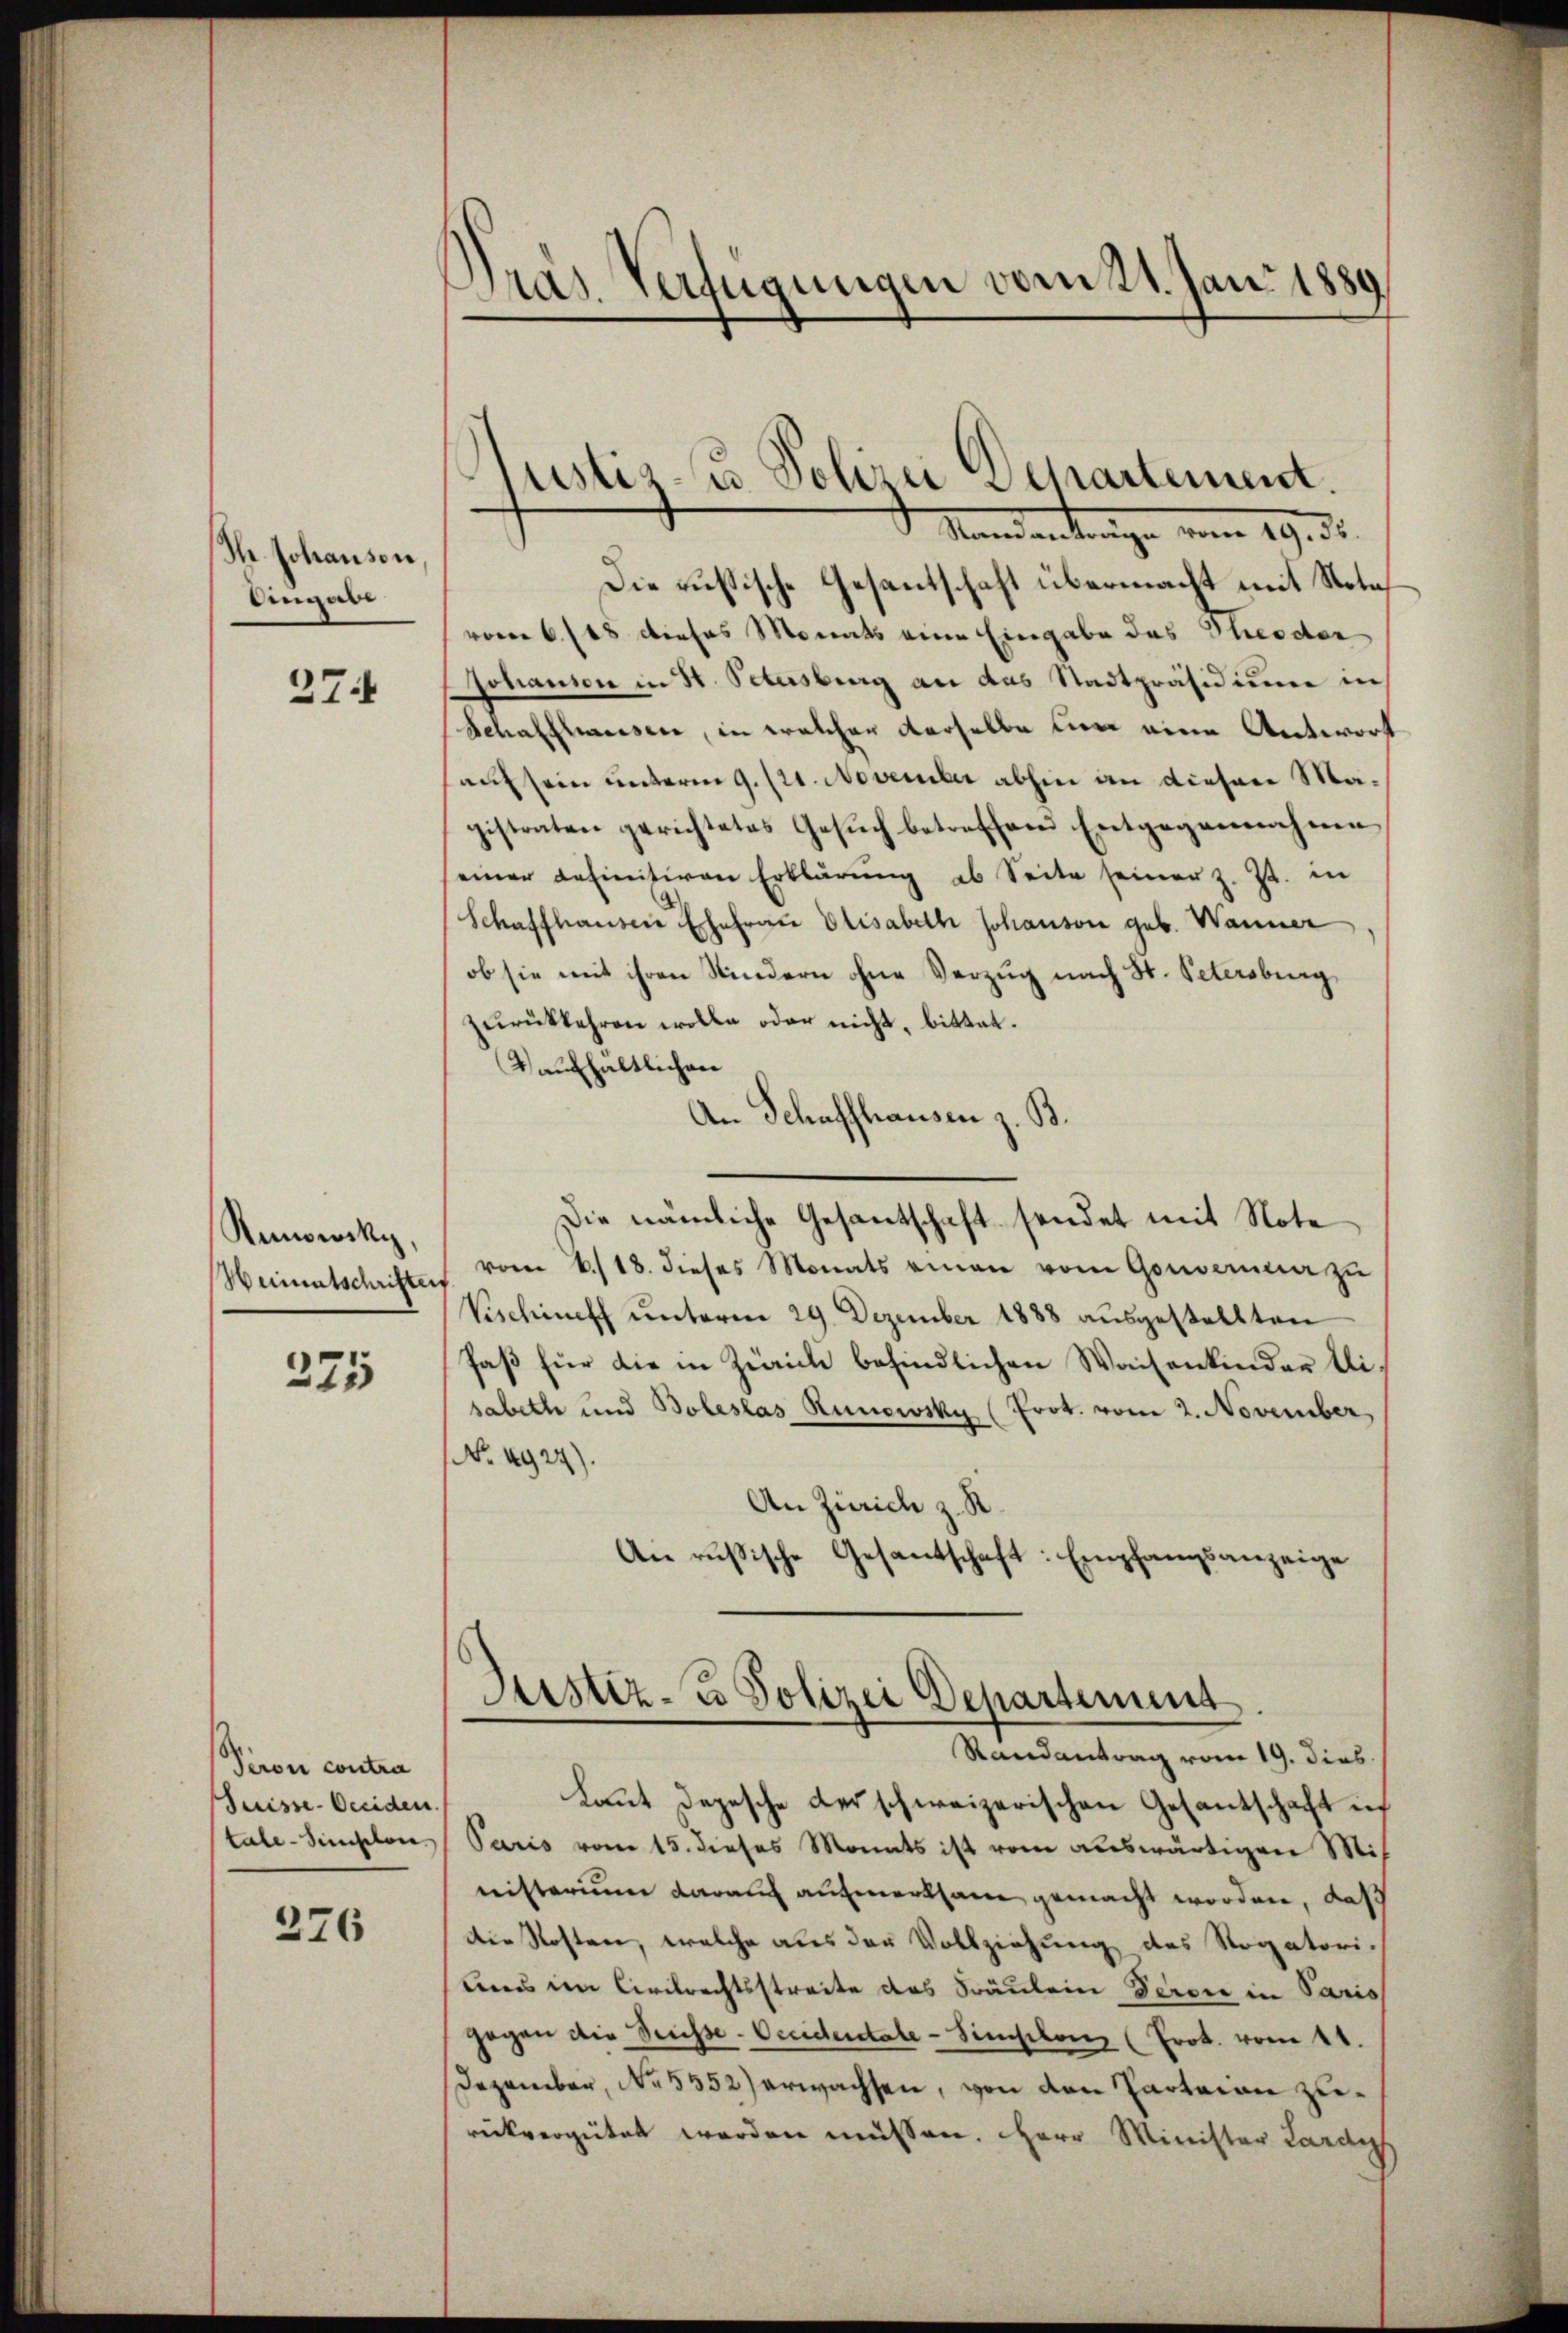
Ih Johanson
Angabe

27

Ranowitz,
Weimatschriftes

375

Peron contra
Suisse-Occiden
tale - Simplon.

276

ras. Verfügungen vom 21. Jan. 1889

Justiz- u. Polizei Departement.
Saad anderungen vom 19. ds.

Die russische Gesantschaft übermacht mit Notavom 6. 118 dieses Monats eine Eingabe des Theodor
Johanson in St. Petersburg an das Stadtpräsidium in
Schaffhausen, in welcher derselbe nun eine Antwort
auf sein unterm 9. 121. November abhin an diesen Magistraten gerichtetes Gesuch betreffend Entgegennahme
einer definitiven Erklärung ab Seite seiner z. Zt. in
Schaffhausen Ehefrau Elisabeth Johanson geb. Wanner
ob sie mit ihren Kindern ohne Verzug nach St. Petersburg,
zurückkehren wolle oder nicht, bittet.
Vaufhaltlicher
An Schaffhausen z. B.
Die nämliche Gesantschaft sendet mit Note
vom 6./18. dieses Monats einen vom Gouvernerer zu
Vischiff unterm 29. Dezember 1888 ausgestellten
faß für die in Zürich befindlichen Waisenkinder Disabeth und Boleslas Runowsky (Prot. vom 2. November,
No. 4924).
An Zürich z. R.
An russische Gesantschaft: Empfangsanzeige

Justiz- u Polizei Departement
Randantrag vom 19. dies

Laut Depesche derschweizerischen Gesantschaft in
Paris vom 15. dieses Monats ist vom auswärtigen Misnisterium darauf aufmerksam gemacht worden, daß
Die Kosten, welche aus der Vollziehung des Rogatori-
ens im Civilrechtsstreite des Fräulein Percie in Paris
gegen die Preisse-Occidentale - Simplonz (Prot. vom 11.
Dezember, No 5552) erwachsen, von den Parteien zurückvergütet werden müssen. Herr Minister Lande